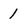
Character: 1